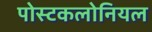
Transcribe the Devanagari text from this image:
पोस्टकलोनियल